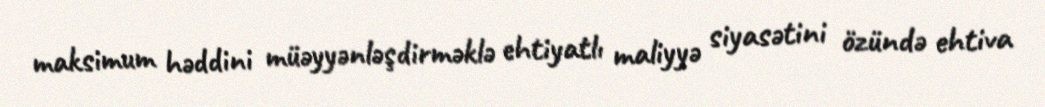
maksimum həddini müəyyənləşdirməklə ehtiyatlı maliyyə siyasətini özündə ehtiva